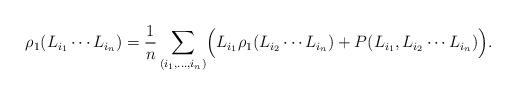
LaTeX: \begin{align*}\rho_1(L_{i_1}\cdots L_{i_n}) ={1\over n}\sum_{(i_1,\ldots,i_n)}\Bigl(L_{i_1}\rho_1(L_{i_2}\cdots L_{i_n})+P(L_{i_1},L_{i_2}\cdots L_{i_n})\Bigr).\end{align*}